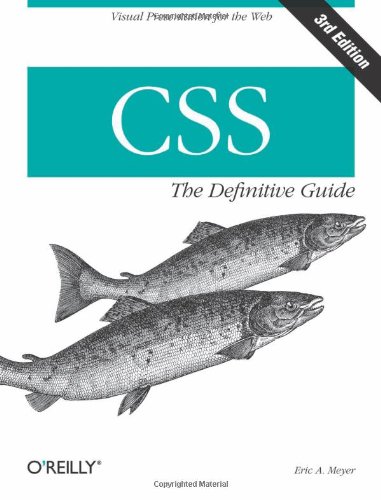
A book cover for CSS: The Definitive Guide; Eric A. Meyer; Computers & Technology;